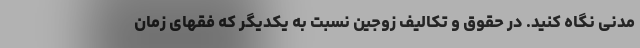
مدنی نگاه کنید. در حقوق و تکالیف زوجین نسبت به یکدیگر که فقهای زمان